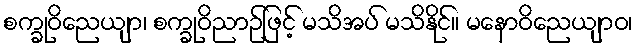
စက္ခုဝိညေယျာ၊ စက္ခုဝိညာဉ်ဖြင့် မသိအပ် မသိနိုင်။ မနောဝိညေယျာဝ၊